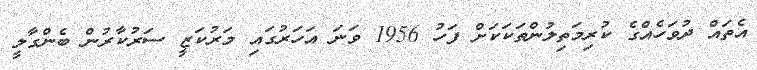
އެތައް ދުވަހެއްގެ ކުރިމަތިލުންތަކަކަށް ފަހު 1956 ވަނަ އަހަރުގައި މަރުކަޒީ ސަރުކާރުން ބެންގާލީ